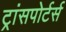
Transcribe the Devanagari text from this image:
ट्रांसपोर्टर्स